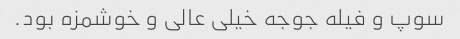
سوپ و فیله جوجه خیلی عالی و خوشمزه بود.